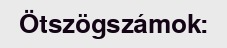
Ötszögszámok: